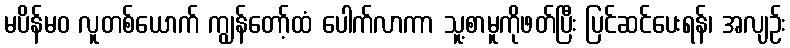
မပိန်မဝ လူတစ်ယောက် ကျွန်တော့်ထံ ပေါက်လာကာ သူ့စာမူကိုဖတ်ပြီး ပြင်ဆင်ပေးရန်၊ အလျဉ်း